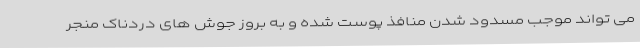
می تواند موجب مسدود شدن منافذ پوست شده و به بروز جوش های دردناک منجر